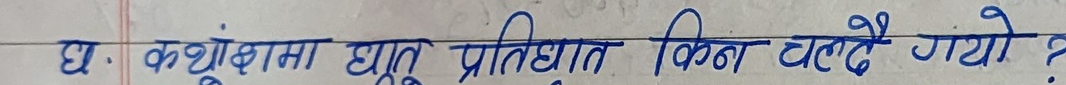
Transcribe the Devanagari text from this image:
घ. कथ्यौँमा भूत प्रतिघात किन चल्दै गयो ?